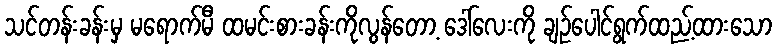
သင်တန်းခန်းမှ မရောက်မီ ထမင်းစားခန်းကိုလွန်တော့ ဒေါ်လေးကို ချဉ်ပေါင်ရွက်ထည့်ထားသော